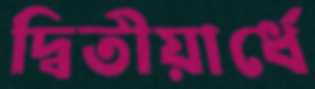
দ্বিতীয়ার্ধে